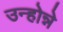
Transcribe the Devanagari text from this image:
उन्होन्ने